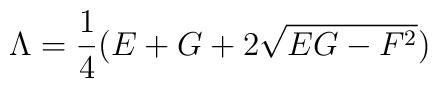
\Lambda=\frac{1}{4}(E+G+2\sqrt{EG-F^{2}})